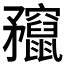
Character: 𥎣